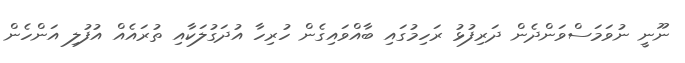
ނޫނީ ނުވަމަސްވަންދެން ދަރިފުޅު ރަހިމުގައި ބާއްވައިގެން ހުރިހާ އުދަގުލަކާއި ތުރައެއް އުފުލި އަންހެން